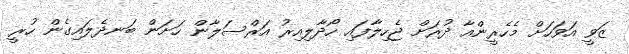
ޒަވީ އަވަހަށް މެހެރީންއާ ދުރަށް ޖެހިލާފައި ހޯދާލިއިރު އަރްސަލާން ހަށަން ބަނދެލައިގެން ހުރީ